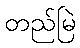
တည်မြဲ